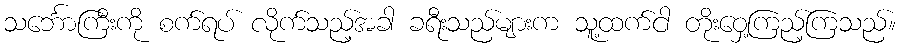
သင်္ဘောကြီးကို စက်ရပ် လိုက်သည့်အခါ ခရီးသည်များက သူ့ထက်ငါ တိုးဝှေ့ကြည့်ကြသည်။